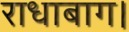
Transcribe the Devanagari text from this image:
राधाबाग।